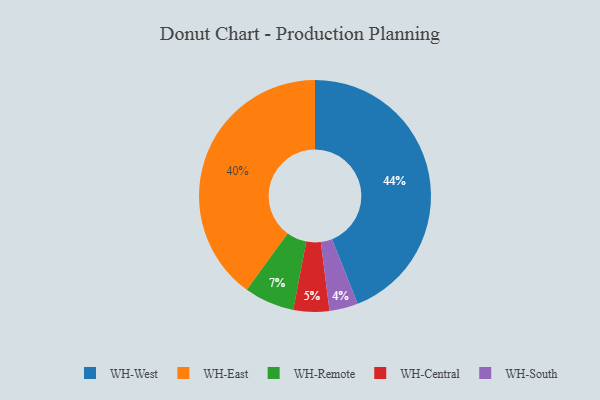
{"axis": {"x": "Category", "y": "Percentage"}, "legend": ["WH-Central", "WH-East", "WH-Remote", "WH-South", "WH-West"], "data": [{"x": "WH-West", "y": 44, "type": "WH-West"}, {"x": "WH-East", "y": 40, "type": "WH-East"}, {"x": "WH-South", "y": 4, "type": "WH-South"}, {"x": "WH-Central", "y": 5, "type": "WH-Central"}, {"x": "WH-Remote", "y": 7, "type": "WH-Remote"}]}